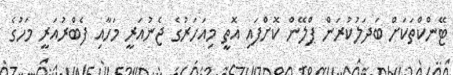
ޓޭންކްތަކަށް ބަދަލުކުރަން ޕްލޭން ކޮށްފައި އޮތީ މިއަހަރުގެ ޖެނުއަރީ މަހާއި ފެބްރުއަރީ މަހުގެ